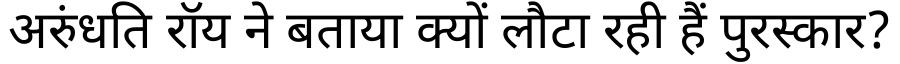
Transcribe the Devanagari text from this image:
अरुंधति रॉय ने बताया क्यों लौटा रही हैं पुरस्कार?